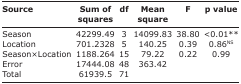
| Source | Sum of squares | df | Mean square | F | p value |
 | --- | --- | --- | --- | --- | --- |
 | Season | 42299.49 | 3 | 14099.83 | 38.80 | <0.01** |
 | Location | 701.2328 | 5 | 140.25 | 0.39 | 0.86NS |
 | Season×Location | 1188.264 | 15 | 79.22 | 0.22 | 0.99 |
 | Error | 17444.08 | 48 | 363.42 |  |  |
 | Total | 61939.5 | 71 |  |  |  |